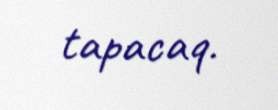
tapacaq.